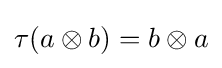
\tau (a\otimes b)=b\otimes a